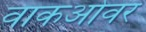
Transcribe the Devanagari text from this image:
वाकओवर